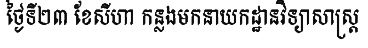
ថ្ងៃទី២៣ ខែសីហា កន្លងមកនាយកដ្ឋានវិទ្យាសាស្ត្រ